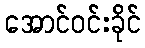
အောင်ဝင်းခိုင်